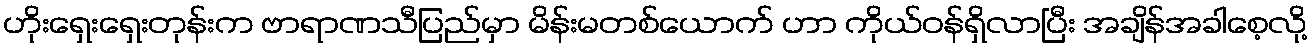
ဟိုးရှေးရှေးတုန်းက ဗာရာဏသီပြည်မှာ မိန်းမတစ်ယောက် ဟာ ကိုယ်ဝန်ရှိလာပြီး အချိန်အခါစေ့လို့